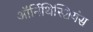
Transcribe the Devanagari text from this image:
ऑर्निथिस्शियंस